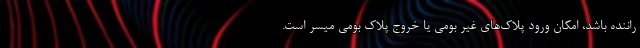
راننده باشد، امکان ورود پلاک‌های غیر بومی یا خروج پلاک بومی میسر است.